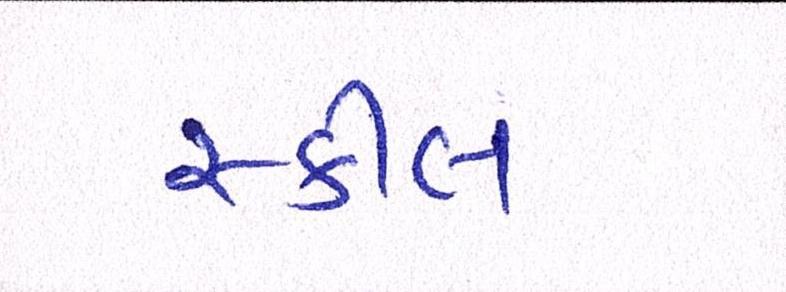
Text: સ્કીલ